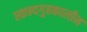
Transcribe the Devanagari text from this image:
स्कन्दगुप्तकालीन